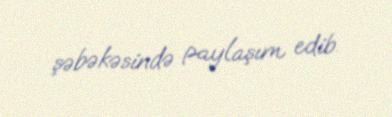
şəbəkəsində paylaşım edib.